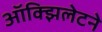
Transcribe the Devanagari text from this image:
ऑक्झिलेटने